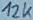
Text: 12K